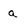
Character: a